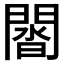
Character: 𨵝